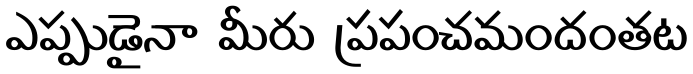
ఎప్పుడైనా మీరు ప్రపంచమందంతట